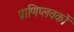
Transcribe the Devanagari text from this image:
प्राणिप्लवकों